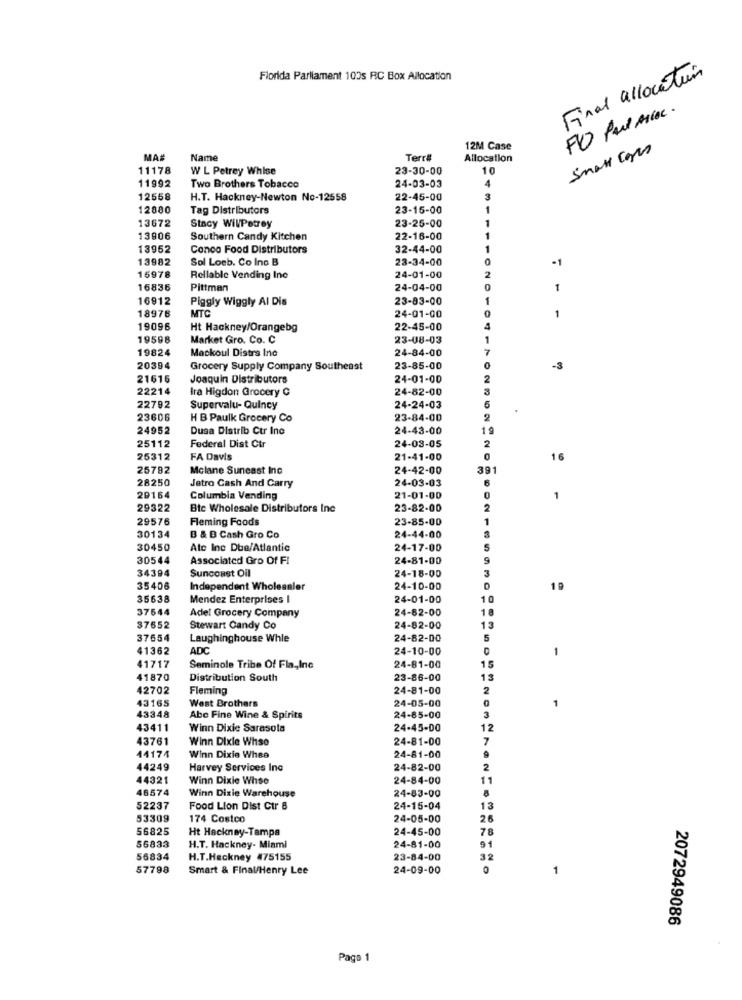
Final allocation
Florida Parliament 100s RC Box Allocation
12M Case
Small cores
MA
Name
Terr#
Allocation
11178
W L Petrey Whise
23-30-00
10
11992
24-03-03
Two Brothers Tobacco
12558
H.T. Hackney-Newton No-12558
22-45-00
12880
Tag Distributors
23-15-00
13672
23-25-00
Stacy WillPetrey
13906
Southern Candy Kitchen
22-16-00
13952
Conco Food Distributors
32-44-00
13982
Sol Loeb. Co Ino B
23-34-00
-1
15978
Rellable Vending Ino
24-01-00
16836
Pittman
24-04-00
1
16912
Piggly Wiggly Al Dis
23-83-00
MTC
18976
24-01-00
1
19096
Ht Hackney/Orangebg
22-45-00
19598
Market Gro. Co. C
23-08-03
19824
Mackoul Distra Inc
24-84-00
20394
Grocery Supply Company Southeast
23-85-00
-3
21616
Joaquin Distributors
24-01-00
22214
Ira Higdon Grocery C
24-82-00
22792
Supervalu- Quincy
24-24-03
23606
H B Paulk Grocery Co
23-84-00
2
24952
Dusa Distrib Ctr Ine
24-43-00
19
Federal Dist Ctr
24-03-05
25112
2
25312
FA Davis
21-41-00
0
16
25782
Mclane Suneast Inc
24-42-00
391
28250
24-03-03
Jatro Cash And Carry
20164
Columbia Vending
21-01-00
1
29322
Btc Wholesale Distributors Inc
23-82-00
2
29576
Fleming Foods
23-85-00
1
30134
B & B Cash Gro Co
24-44-00
30450
Atc Inc Dba/Atlantic
24-17-00
30544
Associated Gro Of FI
24-81-00
34394
Suncoast Oil
24-18-00
35406
Independent Wholesaler
24-10-00
19
35638
Mendez Enterprises I
24-01-00
10
37644
24-82-00
1
Adel Grocery Company
37652
Stewart Candy Co
24-82-00
13
37654
Laughinghouse Whle
24-82-00
5
41362
ADC
24-10-00
1
41717
Seminole Tribe Of Fla ,, Inc
24-81-00
15
41870
Distribution South
23-86-00
13
42702
Fleming
24-81-00
2
43165
24-05-00
1
43348
West Brothers
Abc Fine Wine & Spirits
24-85-00
3
43411
Winn Dixie Sarasola
24-45-00
12
43761
Winn Dixie Whse
24-81-00
7
44174
Winn Dixie Whee
24-81-00
44249
Harvey Services Inc
24-82-00
2
44321
Winn Dixie Whse
24-84-00
11
46574
Winn Dixie Warehouse
24-83-00
52237
Food Lion Dist Ctr 8
24-15-04
13
53309
174 Costco
24-05-00
26
56825
Ht Hackney-Tampa
24-45-00
78
56833
H.T. Hackney- Miami
24-81-00
91
56834
H.T.Hackney #75155
23-84-00
32
57798
Smart & Final/Henry Lee
24-09-00
1
2072949086
Pago 1